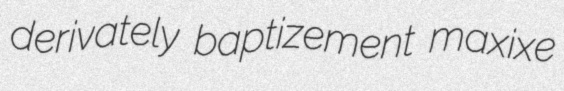
derivately baptizement maxixe